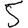
Digit: 5